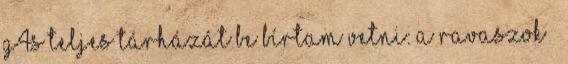
G4s teljes tárházát be bírtam vetni: a ravaszok –